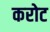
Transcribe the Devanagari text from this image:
करोट